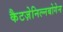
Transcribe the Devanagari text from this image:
कैटज़ेनिल्नबोगेन